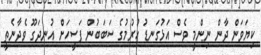
ކިޔަވަން ދާން ނިންމީ ވެސް އަޅުގަނޑު ހުރުމުގެ ސަބަބުން ފަސީހަށް އުނދަގޫ ވެދާނެތީ